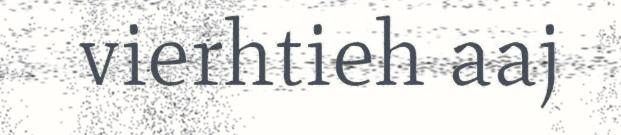
vierhtieh aaj